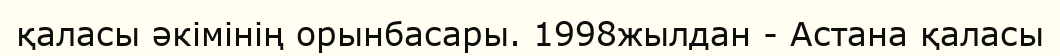
қаласы әкімінің орынбасары. 1998жылдан - Астана қаласы